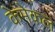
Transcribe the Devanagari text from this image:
केमेकल